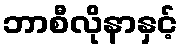
ဘာစီလိုနာနှင့်